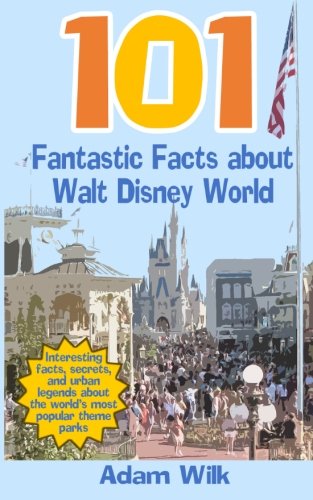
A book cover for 101 Fantastic Facts about Walt Disney World: Interesting facts, secrets, and urban legends about the world's most popular theme parks; Adam Wilk; Travel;